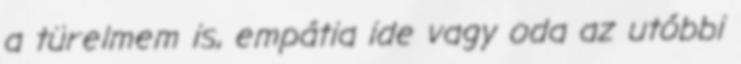
a türelmem is, empátia ide vagy oda az utóbbi